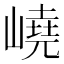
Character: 嶢